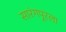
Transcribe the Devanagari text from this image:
सारंगपूरला